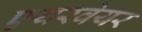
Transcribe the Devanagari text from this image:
एयरवेयर